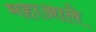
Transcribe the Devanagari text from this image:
महाआले